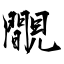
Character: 覸